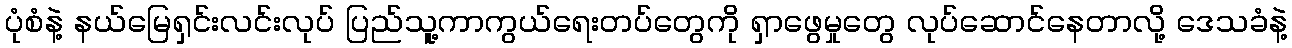
ပုံစံနဲ့ နယ်မြေရှင်းလင်းလုပ် ပြည်သူ့ကာကွယ်ရေးတပ်တွေကို ရှာဖွေမှုတွေ လုပ်ဆောင်နေတာလို့ ဒေသခံနဲ့